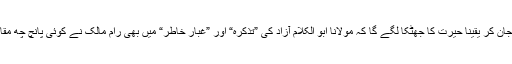
اردو مذکر مؤنث کے معاملے کو ہلکا لینے والوں کو یہ جان کر یقیناً حیرت کا جھٹکا لگے گا کہ مولانا ابو الکلام آزاد کی ”تذکرہ“ اور ”غبارِ خاطر“ میں بھی رام مالک نے کوئی پانچ چھ مقامات پر تذکیر و تانیث کی غلطیوں کی نشان دہی کی ہے۔